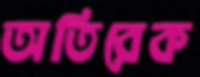
অতিরেক